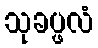
သုခပ္ဖလံ